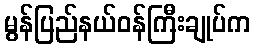
မွန်ပြည်နယ်ဝန်ကြီးချုပ်က